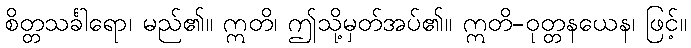
စိတ္တသင်္ခါရော၊ မည်၏။ ဣတိ၊ ဤသို့မှတ်အပ်၏။ ဣတိ-ဝုတ္တနယေန၊ ဖြင့်။